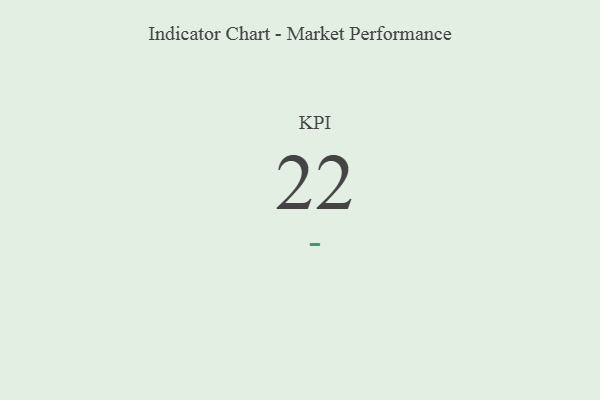
{"axis": {"x": "KPI", "y": "Value"}, "legend": [""], "data": [{"x": "KPI", "y": 22, "type": ""}]}